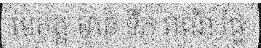
មេគង្គ មាន ទឹក ពណ៌ ផ្ទៃ